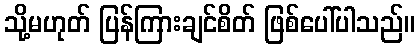
သို့မဟုတ် ပြန်ကြားချင်စိတ် ဖြစ်ပေါ်ပါသည်။